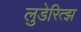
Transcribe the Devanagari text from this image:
लुडेरित्झ